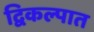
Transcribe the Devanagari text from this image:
द्विकल्पात